Civil Veterinary Department. Madras. Admin. report 1926-33 - 1926-1933
Year: 1926
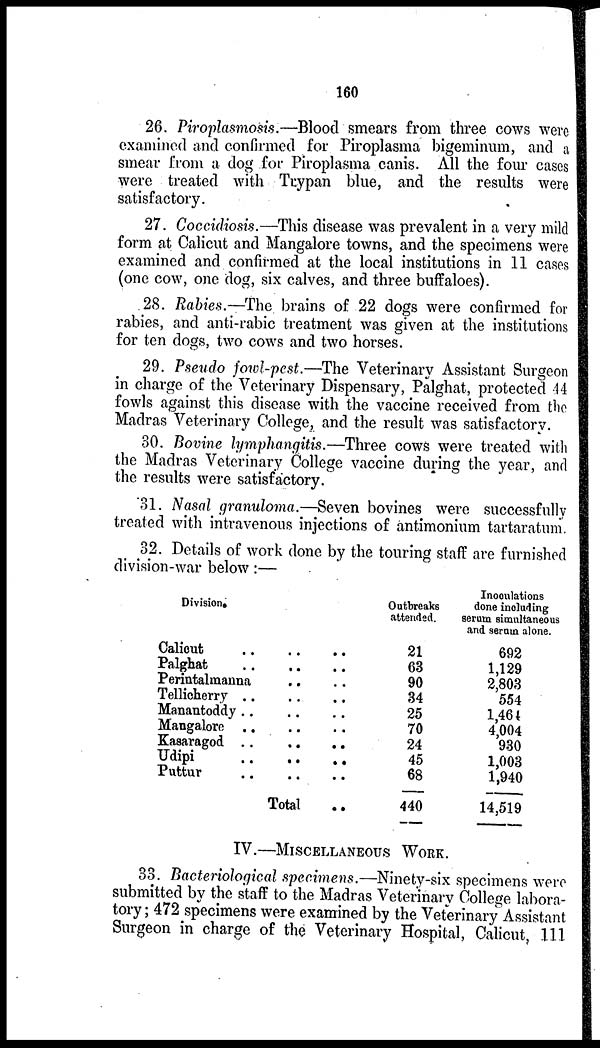
160
26. Piroplasmosis.—Blood smears from three cows were
examined and confirmed for Piroplasma bigeminum, and a
smear from a dog for Piroplasma canis. All the four cases
were treated with Trypan blue, and the results were
satisfactory.
27. Coccidiosis.—This disease was prevalent in a very mild
form at Calicut and Mangalore towns, and the specimens were
examined and confirmed at the local institutions in 11 cases
(one cow, one dog, six calves, and three buffaloes).
28. Rabies.—The brains of 22 dogs were confirmed for
rabies, and anti-rabic treatment was given at the institutions
for ten dogs, two cows and two horses.
29. Pseudo fowl-pest.—The Veterinary Assistant Surgeon
in charge of the Veterinary Dispensary, Palghat, protected 44
fowls against this disease with the vaccine received from the
Madras Veterinary College, and the result was satisfactory.
30. Bovine lymphangitis.—Three cows were treated with
the Madras Veterinary College vaccine during the year, and
the results were satisfactory.
31. Nasal granuloma.—Seven bovines were successfully
treated with intravenous injections of antimonium tartaratum.
32. Details of work done by the touring staff are furnished
division-war below:—
Division.
Calicut ..
Palghat ..
Perintalmanna
Tellicherry ..
Manantoddy ..
Mangalore ..
Kasaragod ..
Udipi ..
Puttur ..
..
..
..
..
..
..
..
..
..
Total
..
..
..
..
..
..
..
..
..
..
Outbreaks
attended.
21
63
90
34
25
70
24
45
68
440
Inoculations
done including
serum simultaneous
and serum alone.
692
1,129
2,803
554
1,464
4,004
930
1,003
1,940
14,519
IV.—MISCELLANEOUS WORK.
33. Bacteriological specimens.—Ninety-six specimens were
submitted by the staff to the Madras Veterinary College labora-
tory; 472 specimens were examined by the Veterinary Assistant
Surgeon in charge of the Veterinary Hospital, Calicut, 111